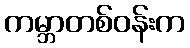
ကမ္ဘာတစ်ဝန်းက